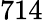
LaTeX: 714